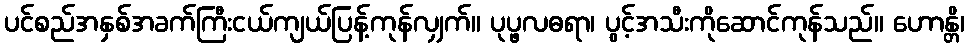
ပင်စည်အနှစ်အခက်ကြီးငယ်ကျယ်ပြန့်ကုန်လျှက်။ ပုပ္ဖလဓရာ၊ ပွင့်အသီးကိုဆောင်ကုန်သည်။ ဟောန္တိ၊